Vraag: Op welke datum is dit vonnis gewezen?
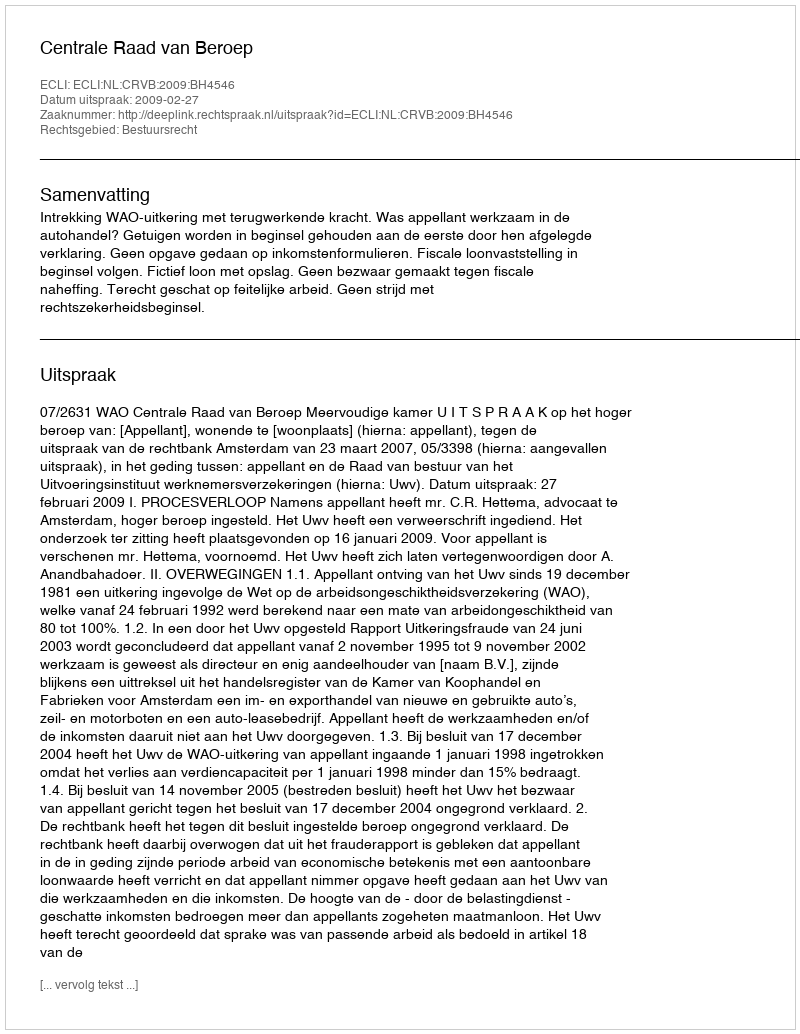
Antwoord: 2009-02-27